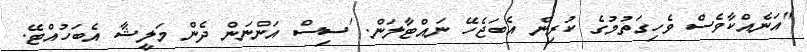
"އަނެއްކާވެސް ވެހިގަތުމުގެ ކުރިން އެބަޖެހޭ ނައްޓާލަން. 'ސިސް އަންނަން ދެން މަލީޝާ އެބަހުއްޓޭ.